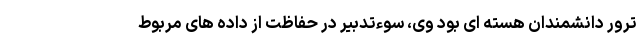
ترور دانشمندان هسته ای بود وی، سوءتدبیر در حفاظت از داده های مربوط